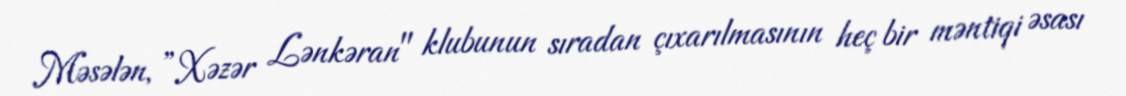
Məsələn, ”Xəzər Lənkəran" klubunun sıradan çıxarılmasının heç bir məntiqi əsası